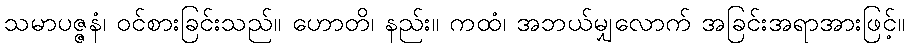
သမာပဇ္ဇနံ၊ ဝင်စားခြင်းသည်။ ဟောတိ၊ နည်း။ ကထံ၊ အဘယ်မျှလောက် အခြင်းအရာအားဖြင့်။